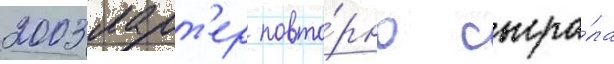
2003 ларт'ер повто́рно сыгра́ла